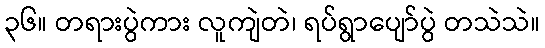
၃၆။ တရားပွဲကား လူကျဲတဲ၊ ရပ်ရွာပျော်ပွဲ တသဲသဲ။